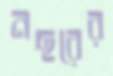
নছরের